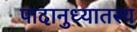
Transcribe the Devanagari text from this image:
पादानुध्यातस्य